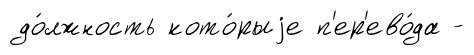
до́лжность кото́рыjе п'ер'ево́да -